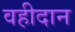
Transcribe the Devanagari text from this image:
वहीदान